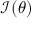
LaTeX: { \mathcal { I } } ( \theta )